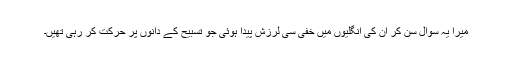
میرا یہ سوال سن کر ان کی انگلیوں میں خفی سی لرزش پیدا ہوئی جو تسبیح کے دانوں پر حرکت کر رہی تھیں۔